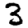
Digit: 3